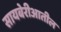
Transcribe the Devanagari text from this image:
सायबेरीआतील